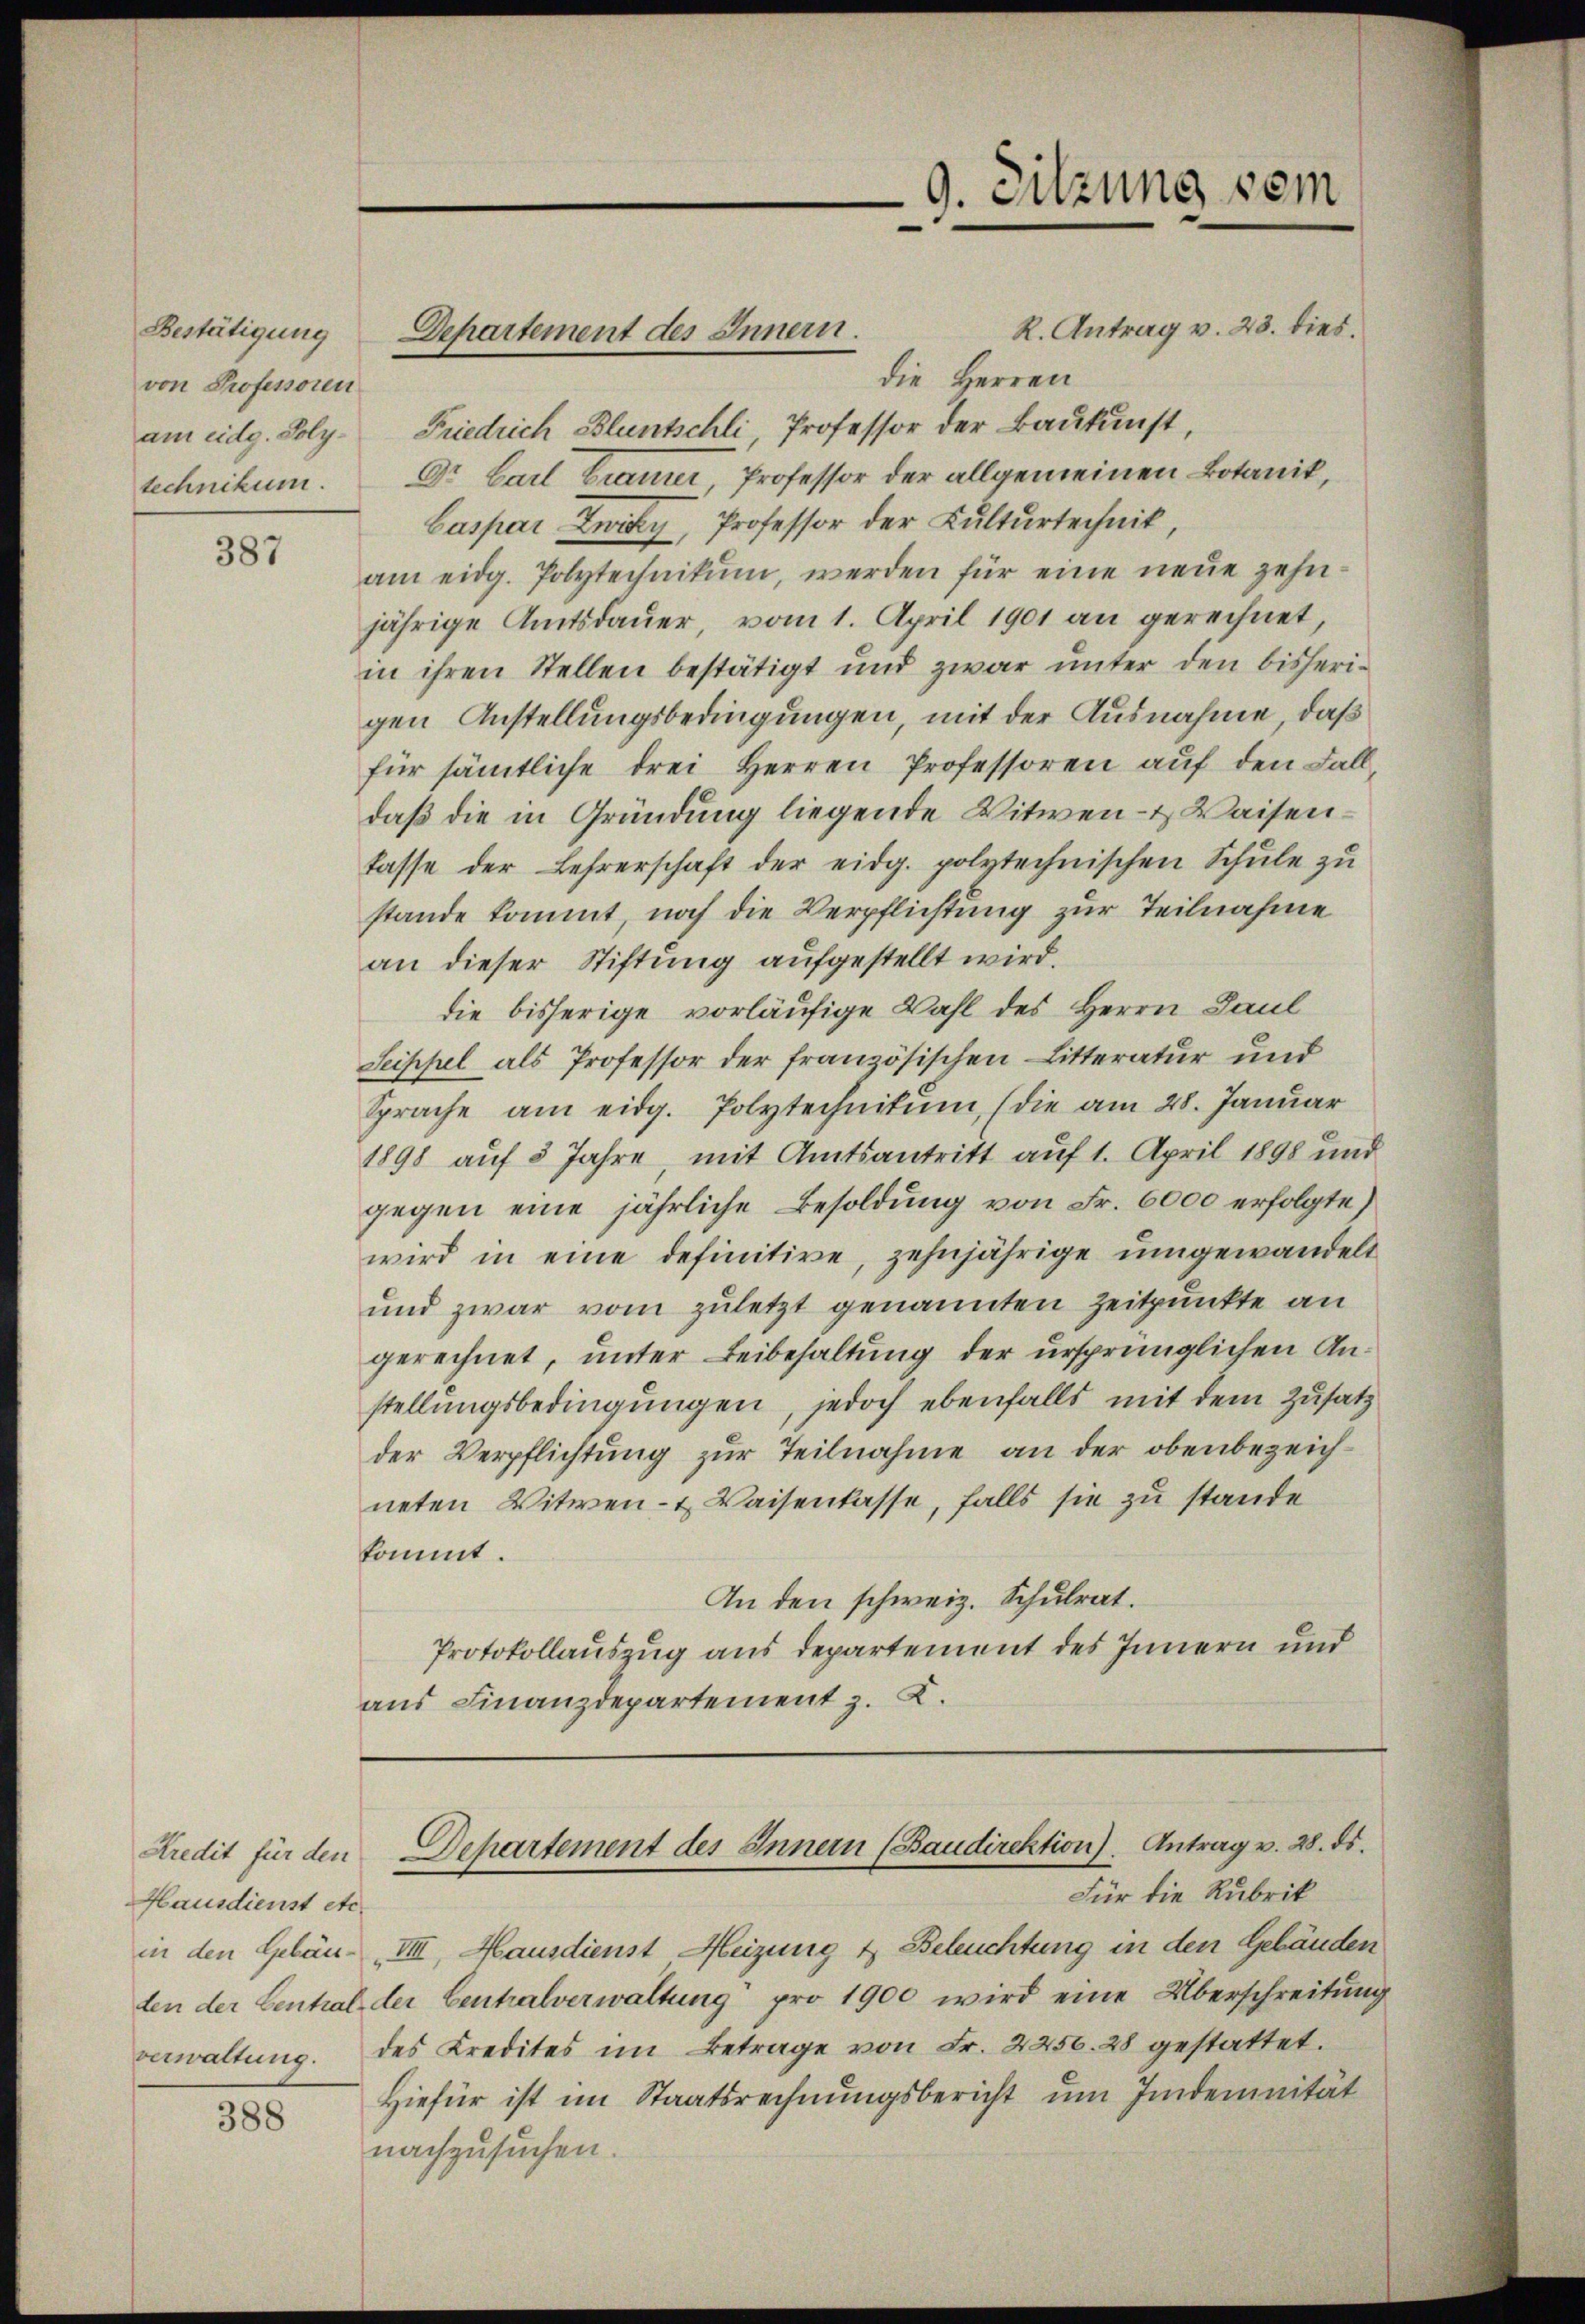
Bestätigung
von Professoren
technikum.

387

Kredit für den
Hausdienst etc.
in den Gebäuverwaltung.

388

R. Antrag v. 23. dies.
die Herren
am eidg. Poly- Friedrich Bluntschli Professor der Baukunst,
Dr. Carl Gramer, Professor der allgemeinen Botanik,
Caspar Zweck, Professor der Kulturtechnik,
am eidg. Polytechnikum, werden für eine neue zehnjährige Amtsdauer, vom 1. April 1901 an gerechnet,
in ihren Stellen bestätigt und zwar unter den bisherigen Anstellungsbedingungen, mit der Ausnahme, daß
für sämtliche drei Herren Professoren auf den Fall,
daß die in Gründung liegende Witwen- & Waisentasse der Lehrerschaft der eidg. polytechnischen Schule zu
stande kommt, noch die Verpflichtung zur Teilnahme
an dieser Stiftung aufgestellt wird.
die bisherige vorläufige Wahl des Herrn Paul
Seippel als Professor der französischen Litteratur und
Sprache am eidg. Polytechnitŭm, (die am 28. Januar
1898 auf 3 Jahre mit Amtsantritt auf 1. April 1898 und
gegen eine jährliche Besoldung von Fr. 6000 erfolgte
wird in eine definitive, zehnjährige umgewandelt
und zwar vom zuletzt genannten Zeitpunkte an
gerechnet, unter Beibehaltung der ursprünglichen Anstellungsbedingungen, jedoch ebenfalls mit dem Zusatz
der Verpflichtung zur Teilnahme an der obenbezeichneten Witwen- & Waisenkasse, falls sie zu stande
kommt.
An den schweiz. Schulrat.
Protokollauszug aus departement des Innern und
ans Finanzdepartement z. K.

Departement des Innern.

VIII. Mausdienst Heizung & Beleuchtung in den Gebäuden
den der Central der Centralverwaltung pro 1900 wird eine Überschreitung
des Kredites im Betrage von Fr. 2250. 28 gestattet.
Hiefür ist im Staatsrechnungsbericht um Indemnität
nachzusuchen.

9. Sitzung vom

Departement des Innern (Baudirektion). Antrag v. 28. ds.
Für die Rubrik